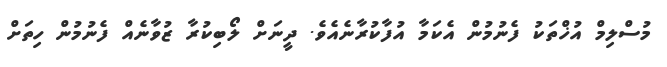
މުސްލިމް އުޚްތަކު ފެނުމުން އެކަމާ އުފާކުރާނެއެވެ. ދީނަށް ލޯބިކުރާ ޒުވާނެއް ފެނުމުން ހިތަށް